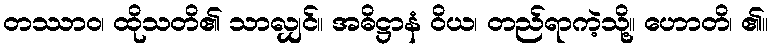
တဿာဝ၊ ထိုသတိ၏ သာလျှင်။ အဓိဋ္ဌာနံ ဝိယ၊ တည်ရာကဲ့သို့။ ဟောတိ၊ ၏။